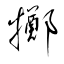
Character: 擲